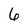
Character: 6